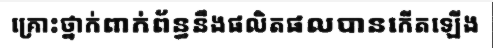
គ្រោះថ្នាក់ពាក់ព័ន្ធនឹងផលិតផលបានកើតឡើង